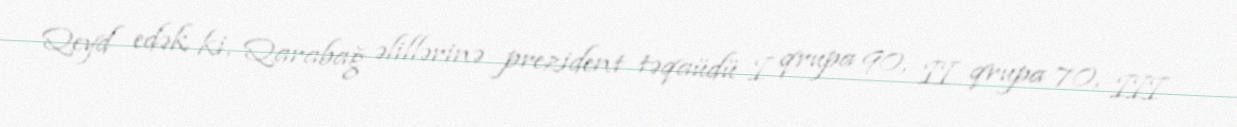
Qeyd edək ki, Qarabağ əlillərinə prezident təqaüdü I qrupa 90, II qrupa 70, III